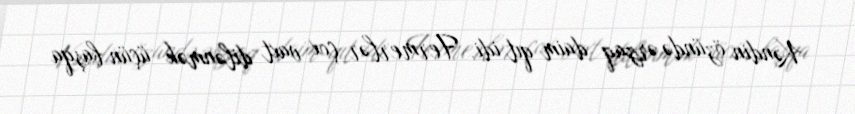
Kəndin özündə ərzaq daim qıt idi. Fermerlər çox vaxt dilənmək üçün başqa